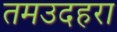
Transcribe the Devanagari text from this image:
तमउदहरा